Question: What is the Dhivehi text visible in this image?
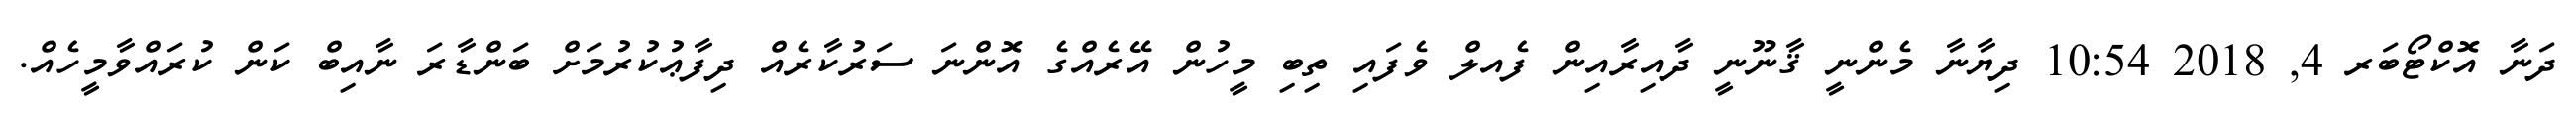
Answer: ދަނާ އޮކްޓޯބަރ 4, 2018 10:54 ދިޔާނާ މެންނީ ޤާނޫނީ ދާއިރާއިން ފެއލް ވެފައި ތިބި މީހުން އޭރެއްގެ އޮންނަ ސަރުކާރެއް ދިފާޢުކުރުމަށް ބަންޑާރަ ނާއިބް ކަން ކުރައްވާމީހެއް.